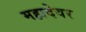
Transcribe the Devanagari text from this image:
महादेवर